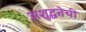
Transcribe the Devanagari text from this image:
अशुद्धतेची